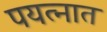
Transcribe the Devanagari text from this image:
पयत्नात